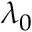
\lambda _ { 0 }